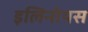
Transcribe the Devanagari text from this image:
इलिनोयस